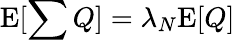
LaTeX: \mathrm{E}[\sum{Q}]=\lambda_{N}\mathrm{E}[Q]